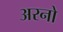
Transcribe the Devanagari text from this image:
अरनो